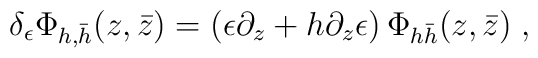
\delta_{\epsilon}\Phi_{h,\bar{h}}(z,\bar{z})=\left(\epsilon\partial_{z}+h\partial_{z}\epsilon\right)\Phi_{h\bar{h}}(z,\bar{z})\;,